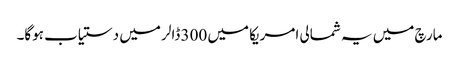
مارچ میں یہ شمالی امریکا میں 300 ڈالر میں دستیاب ہوگا۔